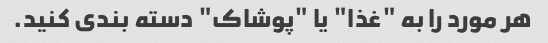
هر مورد را به "غذا" یا "پوشاک" دسته بندی کنید.